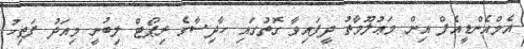
އެމްއެންޑީއެފް އިން މަޢުލޫމާތު ދީފައިވާ ގޮތުގައި ހާދިސާގެ ރިޕޯޓް ލިބުނީ މިއަދު ފަތިހު